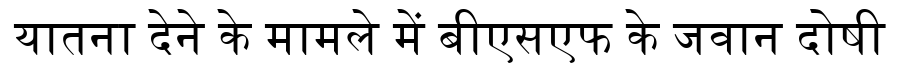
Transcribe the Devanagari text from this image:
यातना देने के मामले में बीएसएफ के जवान दोषी